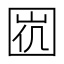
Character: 𡇩